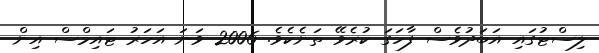
ލިސްޓުގައި އަބަދުވެސް ފާހަގަ ކުރެވޭ ތަނެކެވެ. 2006 ވަނަ އަހަރު ޓައިމްސް އިން